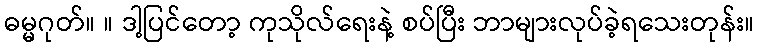
ဓမ္မဂုတ်။ ။ ဒါ့ပြင်တော့ ကုသိုလ်ရေးနဲ့ စပ်ပြီး ဘာများလုပ်ခဲ့ရသေးတုန်း။